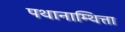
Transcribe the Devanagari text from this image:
पथानाम्थित्ता